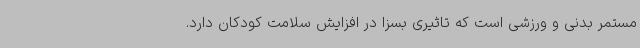
مستمر بدنی و ورزشی است که تاثیری بسزا در افزایش سلامت کودکان دارد.